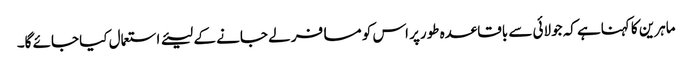
ماہرین کا کہناہے کہ جولائی سے باقاعدہ طورپر اس کو مسافر لے جانے کے لیئے استعمال کیا جائے گا۔